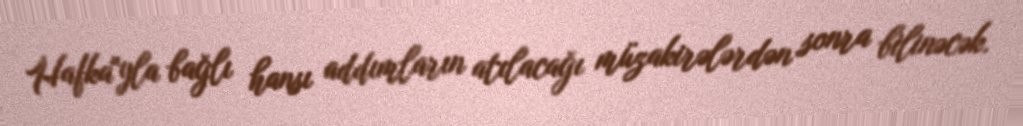
Hafka"yla bağlı hansı addımların atılacağı müzakirələrdən sonra bilinəcək.